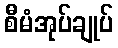
စီမံအုပ်ချုပ်